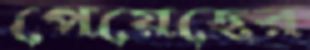
পেয়েছের